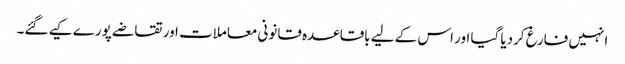
انہیں فارغ کردیا گیا اور اس کے لیے باقاعدہ قانونی معاملات اور تقاضے پورے کیے گئے۔